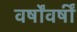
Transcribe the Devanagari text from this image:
वर्षोंवर्षीं